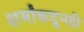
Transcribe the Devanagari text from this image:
शर्मांकडूनही